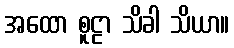
အထော စူဠာ သိခါ သိယာ။